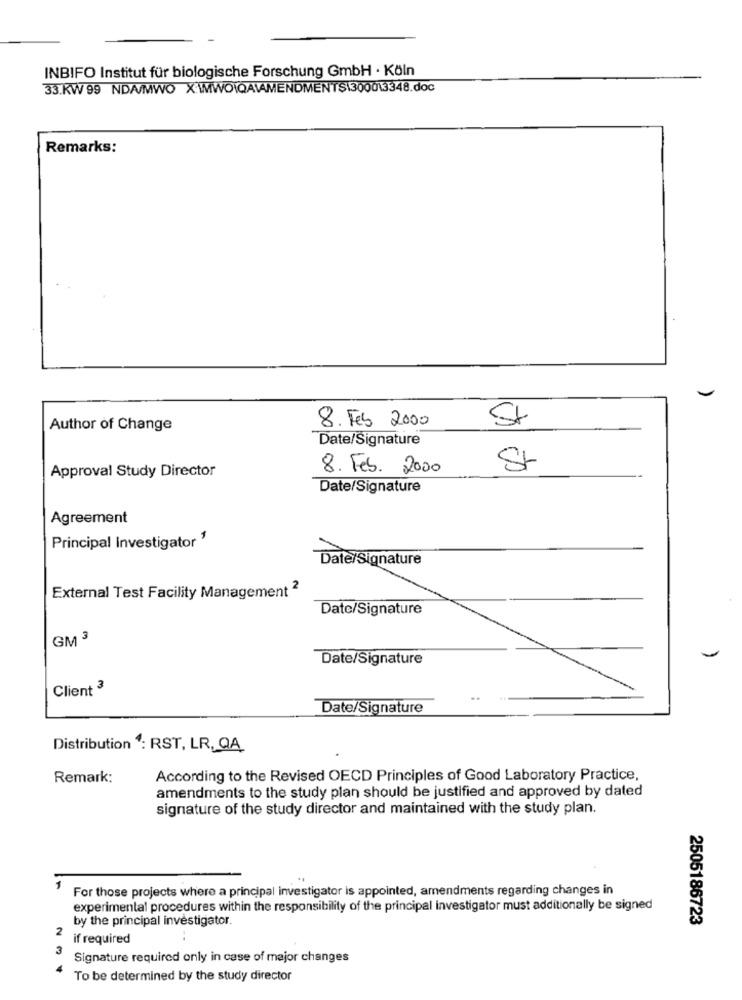
INBIFO Institut für biologische Forschung GmbH · Köln
33.KW 99 NDA/MWO X:\MWO\QA\AMENDMENT$\300013348.doc
Remarks:
8. Feb 2000
SI
Author of Change
Date/Signature
Approval Study Director
8. Feb. 2000
St
Date/Signature
Agreement
Principal Investigator 1
Date/Signature
External Test Facility Management 2
Date/Signature
GM 3
Date/Signature
Client 3
Date/Signature
Distribution 4: RST, LR QA
Remark:
According to the Revised OECD Principles of Good Laboratory Practice,
amendments to the study plan should be justified and approved by dated
signature of the study director and maintained with the study plan.
For those projects where a principal investigator is appointed, amendments regarding changes in
experimental procedures within the responsibility of the principal investigator must additionally be signed
by the principal investigator.
2505186723
2 if required
3
Signature required only in case of major changes
To be determined by the study director